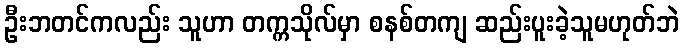
ဦးဘတင်ကလည်း သူဟာ တက္ကသိုလ်မှာ စနစ်တကျ ဆည်းပူးခဲ့သူမဟုတ်ဘဲ